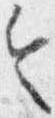
令